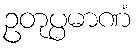
ဥတုပ္ပမာဏံ